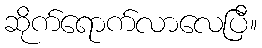
ဆိုက်ရောက်လာလေပြီ။